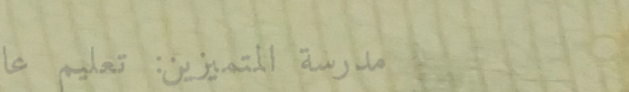
مدرسة المتميزين: تعليم عا